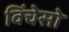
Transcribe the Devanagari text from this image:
विंचेसो